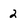
Character: 2